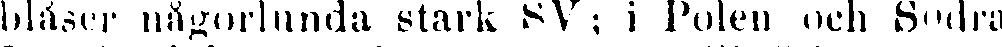
blåser någorlunda stark SV ; i Polen och Sodra